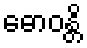
ဓောဝန္တိ